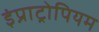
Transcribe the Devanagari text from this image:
इंप्राट्रोपियम